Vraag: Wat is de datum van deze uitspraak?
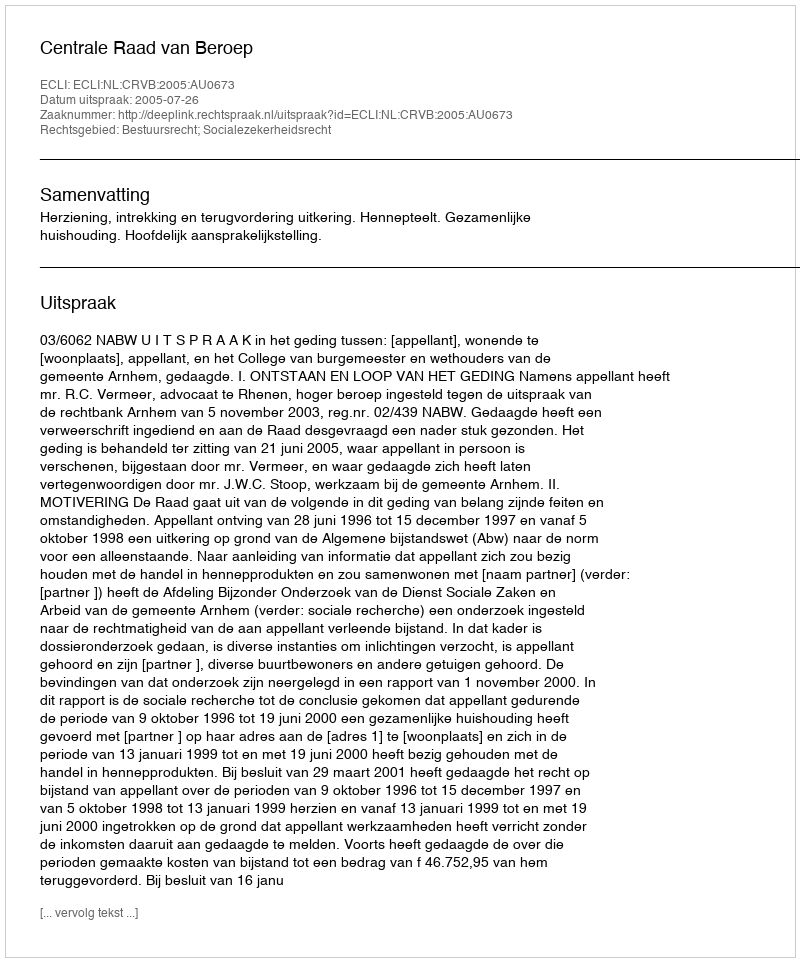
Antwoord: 2005-07-26